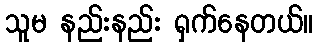
သူမ နည်းနည်း ရှက်နေတယ်။